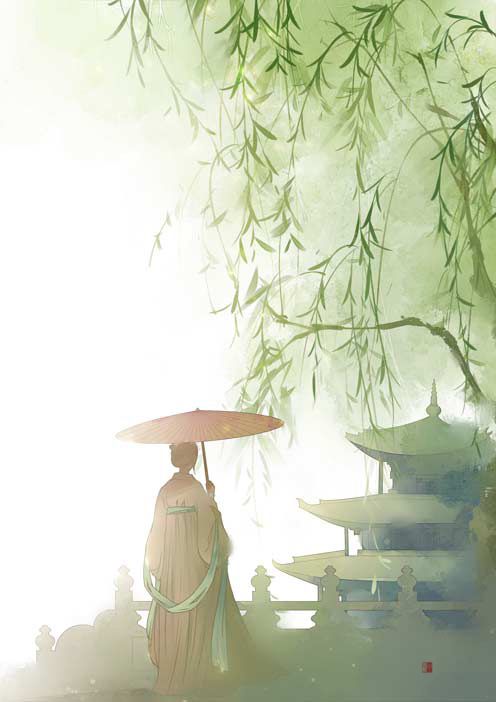
杨柳东风树，青青夹御河。